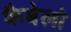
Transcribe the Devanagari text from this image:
कैबेलो